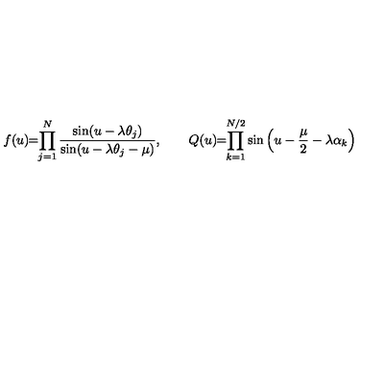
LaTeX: f ( u ) \! \! = \! \! \prod _ { j = 1 } ^ { N } \frac { \sin ( u - \lambda \theta _ { j } ) } { \sin ( u - \lambda \theta _ { j } - \mu ) } , \qquad Q ( u ) \! \! = \! \! \prod _ { k = 1 } ^ { N / 2 } \sin \left( u - \frac { \mu } { 2 } - \lambda \alpha _ { k } \right)